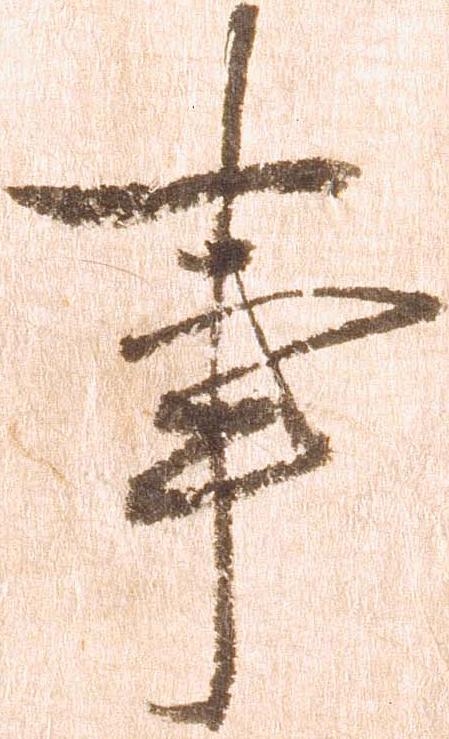
事